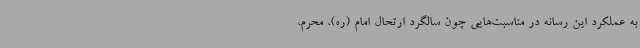
به عملکرد این رسانه در مناسبت‌هایی چون سالگرد ارتحال امام (ره)، محرم،